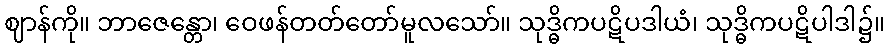
ဈာန်ကို။ ဘာဇေန္တော၊ ဝေဖန်တတ်တော်မူလသော်။ သုဒ္ဓိကပဋိပဒါယံ၊ သုဒ္ဓိကပဋိပါဒါ၌။